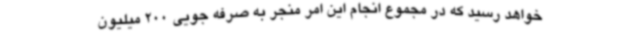
خواهد رسید که در مجموع انجام این امر منجر به صرفه جویی 200 میلیون